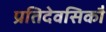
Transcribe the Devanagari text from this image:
प्रतिदेवसिकौ